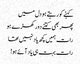
کہنے کو رہتے ہو دل میں
پھر بھی کتنے دور کھڑے ہو
رات ہمیں کچھ یاد نہیں تھا
رات بہت ہی یاد آئے ہو!